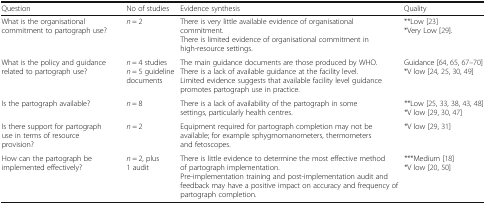
<table><thead><tr><td><b>Question</b></td><td><b>No of studies</b></td><td><b>Evidence synthesis</b></td><td><b>Quality</b></td></tr></thead><tbody><tr><td>What is the organisational commitment to partograph use?</td><td><i>n</i> = 2</td><td>There is very little available evidence of organisational commitment.There is limited evidence of organisational commitment in high-resource settings.</td><td>**Low [23]*Very Low [29].</td></tr><tr><td>What is the policy and guidance related to partograph use?</td><td><i>n</i> = 4 studies<i>n</i> = 5 guideline documents</td><td>The main guidance documents are those produced by WHO.There is a lack of available guidance at the facility level.Limited evidence suggests that available facility level guidance promotes partograph use in practice.</td><td>Guidance [64, 65, 67–70]*V low [24, 25, 30, 49]</td></tr><tr><td>Is the partograph available?</td><td><i>n</i> = 8</td><td>There is a lack of availability of the partograph in some settings, particularly health centres.</td><td>**Low [25, 33, 38, 43, 48]*V low [29, 30, 47]</td></tr><tr><td>Is there support for partograph use in terms of resource provision?</td><td><i>n</i> = 2</td><td>Equipment required for partograph completion may not be available; for example sphygmomanometers, thermometers and fetoscopes.</td><td>*V low [29, 31]</td></tr><tr><td>How can the partograph be implemented effectively?</td><td><i>n</i> = 2, plus 1 audit</td><td>There is little evidence to determine the most effective method of partograph implementation.Pre-implementation training and post-implementation audit and feedback may have a positive impact on accuracy and frequency of partograph completion.</td><td>***Medium [18]*V low [20, 50]</td></tr></tbody></table>